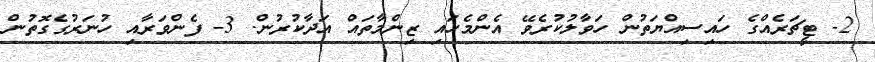
2- ޓީޗަރެއްގެ ހައިސިއްޔަތުން ހަވާލުކުރެވޭ އެންމެހައި ޒިންމާތައް އަދާކުރުން. 3- ފެންވަރާއި ހުނަރުގެގޮތުން